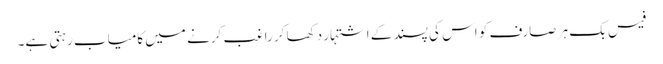
فیس بک ہر صارف کو اس کی پسند کے اشتہار دکھا کر راغب کرنے میں کامیاب رہتی ہے۔